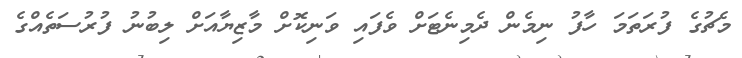
މެޗުގެ ފުރަތަމަ ހާފު ނިމެން ދެމިނެޓަށް ވެފައި ވަނިކޮށް މާޒިޔާއަށް ލިބުނު ފުރުސަތެއްގެ